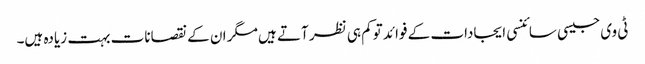
ٹی وی جیسی سائنسی ایجادات کے فوائد توکم ہی نظر آتے ہیں مگر ان کے نقصانات بہت زیادہ ہیں۔